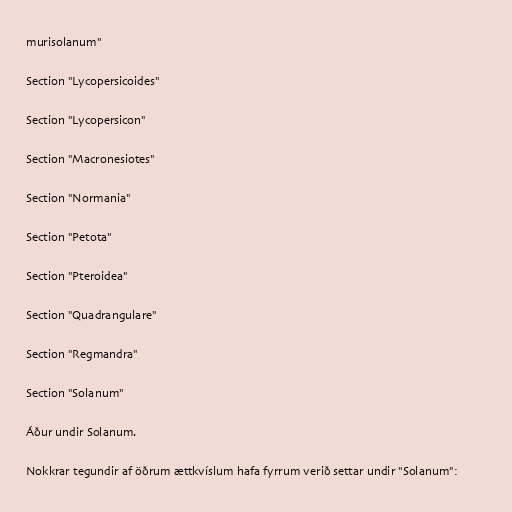
murisolanum"

Section "Lycopersicoides"

Section "Lycopersicon"

Section "Macronesiotes"

Section "Normania"

Section "Petota"

Section "Pteroidea"

Section "Quadrangulare"

Section "Regmandra"

Section "Solanum"

Áður undir Solanum.

Nokkrar tegundir af öðrum ættkvíslum hafa fyrrum verið settar undir "Solanum":